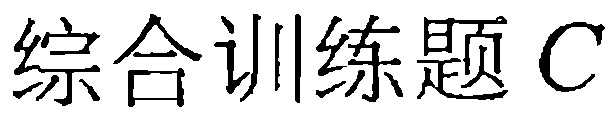
综合训练题C